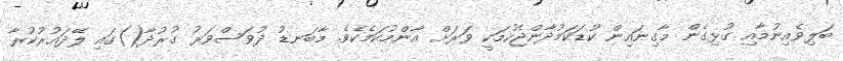
ބަލިވެއިނުމާއި ގުޅިގެން މާގިނައިން ކުޑަކަމުދާންޖެހުމަކީ ވަރަށް އާންމުކަމެކެވެ. މާބަނޑު ދުވަސްވަރު ގުރުދާ()ގައި ލޭދައުރުކުރާ